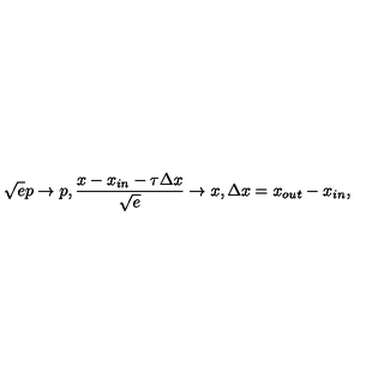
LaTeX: { \sqrt { e } } p \rightarrow p , \frac { x - x _ { i n } - \tau { \Delta x } } { \sqrt e } \rightarrow x , { \Delta x } = x _ { o u t } - x _ { i n } , \,